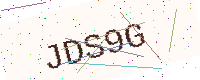
Text: JDS9G